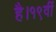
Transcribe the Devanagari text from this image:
है।१९वीं